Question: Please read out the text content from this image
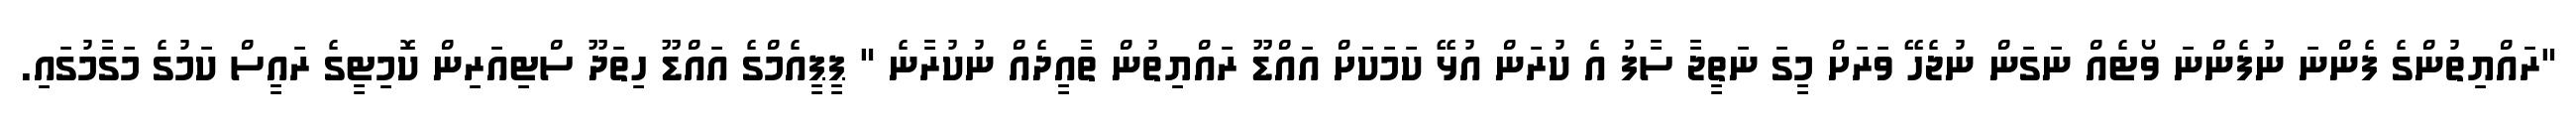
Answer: "ރައްޔިތުންގެ ފެންނަ ނުފެންނަ ވޯޓެއް ނަގަން ނުޖެހޭ ވަރަށް މީގަ ނަތީޖާ ސާފު އެ ކުރަން އުޅޭ ކަމަކަށް އައްޑޫ ރައްޔިތުން ތާއީދެއް ނުކުރާނެ " ޕީޕީއެމްގެ އައްޑޫ ހިތަދޫ ސްޓިއަރިން ކޮމިޓީގެ ރައީސް ކަމުގެ މަގާމުގައި.